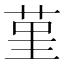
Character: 𦰌